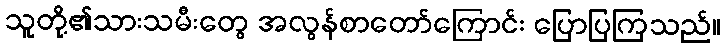
သူတို့၏သားသမီးတွေ အလွန်စာတော်ကြောင်း ပြောပြကြသည်။